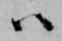
ハ